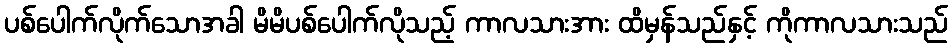
ပစ်ပေါက်လိုက်သောအခါ မိမိပစ်ပေါက်လိုသည့် ကာလသားအား ထိမှန်သည်နှင့် ကိုကာလသားသည်